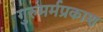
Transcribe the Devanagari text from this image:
गुरुमर्मप्रकाश